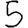
Digit: 5